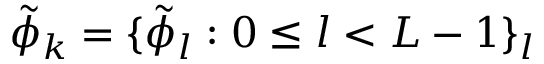
\tilde { \phi } _ { k } = \{ \tilde { \phi } _ { l } : 0 \leq l < L - 1 \} _ { l }